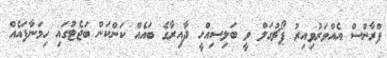
ފްރާންސް އެއްވަރުވިއިރު ޕޯޗުގަލް ވީ ބަލިސިއްހީ ދާއިރާގެ ބައެއް ކަންކަން ބަޖެޓުގައި ހިމަނާފައެއް